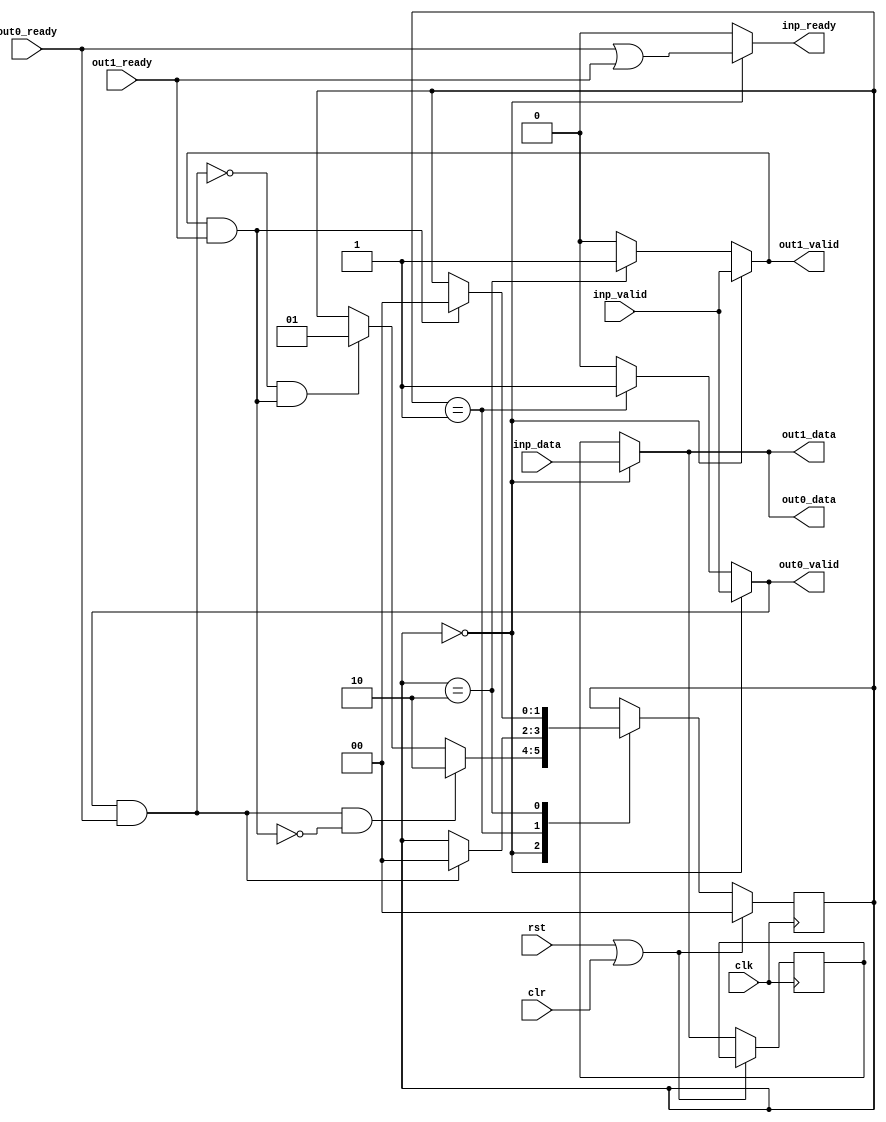
module splitter36
    (
        input clk, input rst, input clr,
        input [35:0] inp_data, input inp_valid, output inp_ready,
        output [35:0] out0_data, output out0_valid, input out0_ready,
        output [35:0] out1_data, output out1_valid, input out1_ready
    );
    localparam STATE_COPY_BOTH = 0;
    localparam STATE_COPY_ZERO = 1;
    localparam STATE_COPY_ONE = 2;
    reg [1:0] state;
    reg [35:0] data_reg;
    assign out0_data = (state == STATE_COPY_BOTH)? inp_data : data_reg;
    assign out1_data = (state == STATE_COPY_BOTH)? inp_data : data_reg;
    assign out0_valid =
        (state == STATE_COPY_BOTH)? inp_valid : (
        (state == STATE_COPY_ZERO)? 1'b1      : (
    1'b0));
    assign out1_valid =
        (state == STATE_COPY_BOTH)? inp_valid : (
        (state == STATE_COPY_ONE)?  1'b1      : (
    1'b0));
    assign inp_ready = (state == STATE_COPY_BOTH)? (out0_ready | out1_ready) : 1'b0;
    always @(posedge clk)
    if (rst | clr) begin
        state <= STATE_COPY_BOTH;
    end
    else begin
        case (state)
        STATE_COPY_BOTH: begin
            if ((out0_valid & out0_ready) & ~(out1_valid & out1_ready)) begin
                state <= STATE_COPY_ONE;
            end
            else if (~(out0_valid & out0_ready) & (out1_valid & out1_ready)) begin
                state <= STATE_COPY_ZERO;
            end
            data_reg <= inp_data;
        end
        STATE_COPY_ZERO: begin
            if (out0_valid & out0_ready) begin
                state <= STATE_COPY_BOTH;
            end
        end
        STATE_COPY_ONE: begin
            if (out1_valid & out1_ready) begin
                state <= STATE_COPY_BOTH;
            end
        end
        endcase 
    end
endmodule